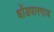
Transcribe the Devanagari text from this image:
धोंडपारगाव